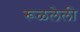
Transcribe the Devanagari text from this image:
रूळलेली